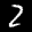
Label: 2